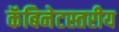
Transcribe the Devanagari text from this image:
कॅबिनेटस्तरीय